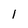
Character: l